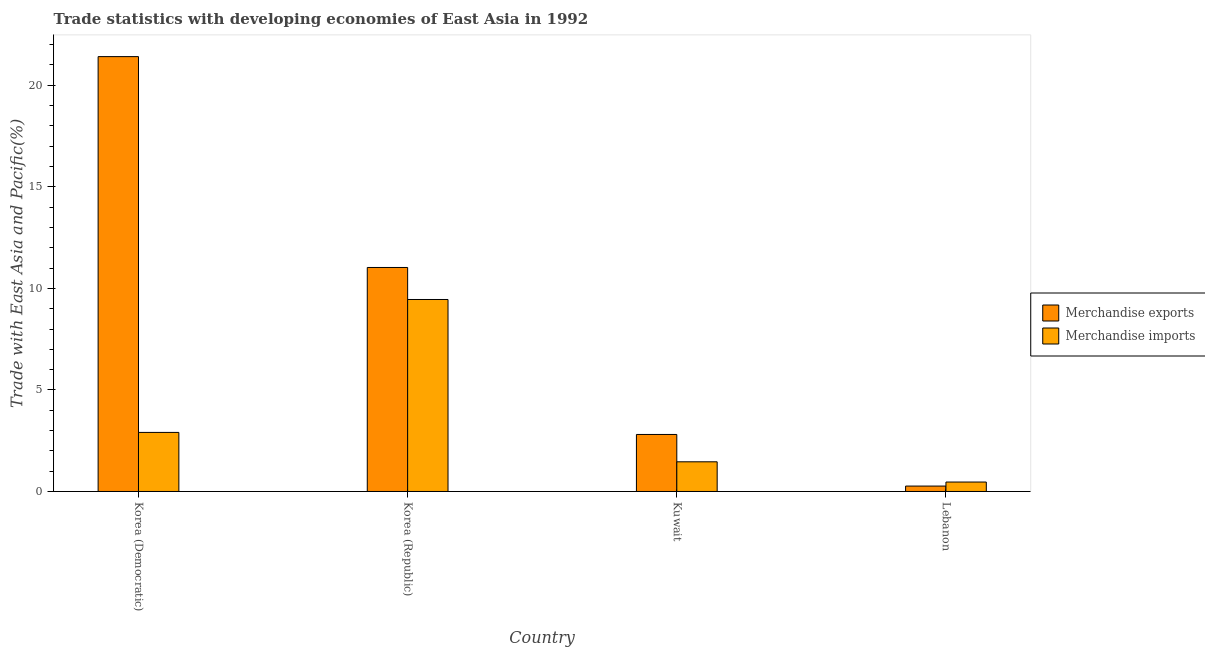
| Country | Merchandise exports | Merchandise imports |
 | --- | --- | --- |
 | Korea (Democratic) | 21.4 | 2.91 |
 | Korea (Republic) | 11 | 9.45 |
 | Kuwait | 2.81 | 1.46 |
 | Lebanon | 0.267 | 0.465 |